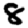
Digit: 8